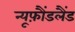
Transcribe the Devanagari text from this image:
न्यूफ़ौंडलैंड